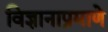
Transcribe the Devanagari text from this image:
विज्ञानाप्रमाणे